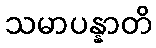
သမာပန္နာတိ